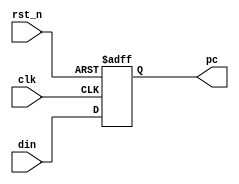
module PC (
    input wire clk,
    input wire rst_n,
    input wire [31:0] din,
    output reg [31:0] pc
);

always @ (posedge clk or negedge rst_n) begin
    if (~rst_n) 
        pc <= -4;//⸲
    else
        pc <= din;
end

endmodule